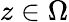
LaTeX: z\in\Omega